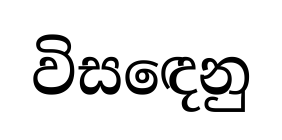
විසඳෙනු